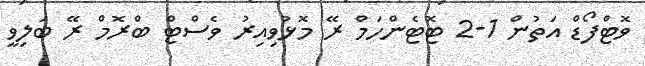
ވޮޓްފޯޑް އަތުން 1-2 ޓޮޓެންހަމް ރޭ މޮޅުވިއިރު ވެސްޓް ބްރޮމް ރޭ ބަލިވީ